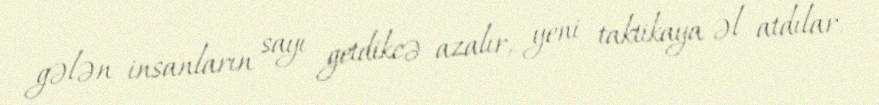
gələn insanların sayı getdikcə azalır, yeni taktikaya əl atdılar.